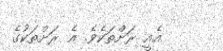
އެއީ ރަށްތަކެވެ. އެ ރަށްތަކުގެ